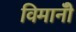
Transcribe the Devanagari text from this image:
विमानोँ